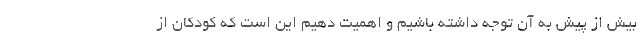
بیش از پیش به آن توجه داشته باشیم و اهمیت دهیم این است که کودکان از